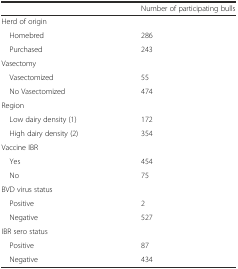
|  | Number of participating bulls |
 | --- | --- |
 | <COLSPAN=2> Herd of origin |
 | Homebred | 286 |
 | Purchased | 243 |
 | <COLSPAN=2> Vasectomy |
 | Vasectomized | 55 |
 | No Vasectomized | 474 |
 | <COLSPAN=2> Region |
 | Low dairy density (1) | 172 |
 | High dairy density (2) | 354 |
 | <COLSPAN=2> Vaccine IBR |
 | Yes | 454 |
 | No | 75 |
 | <COLSPAN=2> BVD virus status |
 | Positive | 2 |
 | Negative | 527 |
 | <COLSPAN=2> IBR sero status |
 | Positive | 87 |
 | Negative | 434 |